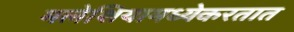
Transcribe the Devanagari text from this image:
मलेशियामध्येकरतात